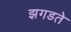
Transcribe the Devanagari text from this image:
झगडते